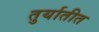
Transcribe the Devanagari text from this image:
तुर्यातीत